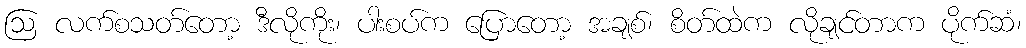
ဩ လက်စသတ်တော့ ဒီလိုကိုး၊ ပါးစပ်က ပြောတော့ အချစ်၊ စိတ်ထဲက လိုချင်တာက ပိုက်ဆံ၊